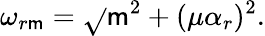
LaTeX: \omega_{r\mathsf{m}}=\sqrt{}{{\mathsf{m}^{2}+(\mu\alpha_{r})^{2}}}.